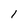
Character: I